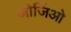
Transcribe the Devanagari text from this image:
जोर्जिओ